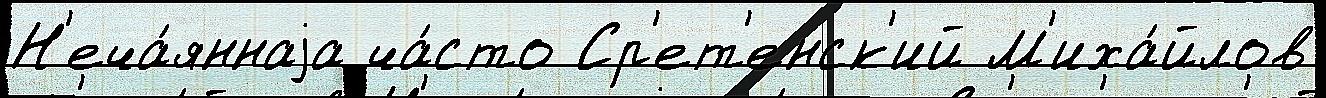
Н'еча́яннаjа ча́сто Ср'ет'енск'ий М'иха́йлов